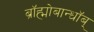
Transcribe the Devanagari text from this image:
ब्रॉह्मोबान्धॉब्